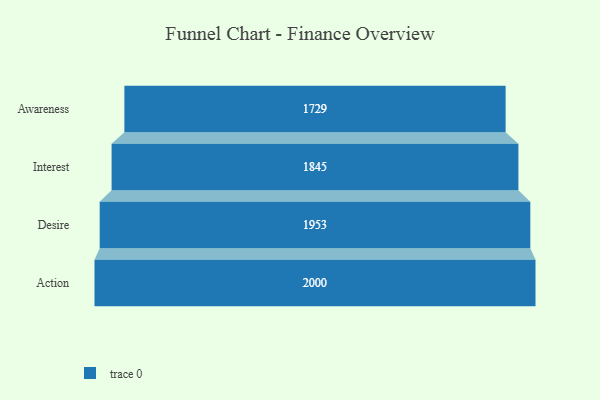
{"axis": {"x": "Stage", "y": "Value"}, "legend": [""], "data": [{"x": "Awareness", "y": 1729.0, "type": ""}, {"x": "Interest", "y": 1845.0, "type": ""}, {"x": "Desire", "y": 1953.0, "type": ""}, {"x": "Action", "y": 2000, "type": ""}]}